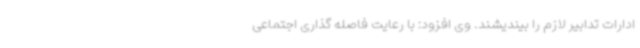
ادارات تدابیر لازم را بیندیشند. وی افزود: با رعایت فاصله گذاری اجتماعی